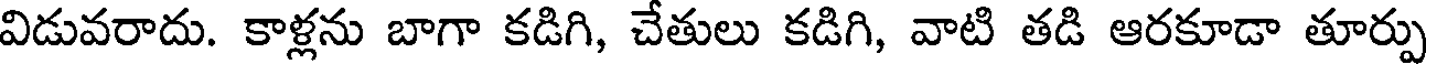
విడువరాదు. కాళ్లను బాగా కడిగి, చేతులు కడిగి, వాటి తడి ఆరకూడా తూర్పు